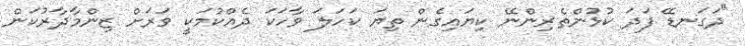
"ދަގަނޑޭ ފަދަ ކުޅުންތެރިންނޭ ކިޔައިގެން ތިޔަ ކަހަލަ ވާހަކަ ދެއްކުމަކީ ވަރަށް ޒިންމާދާރުކަން